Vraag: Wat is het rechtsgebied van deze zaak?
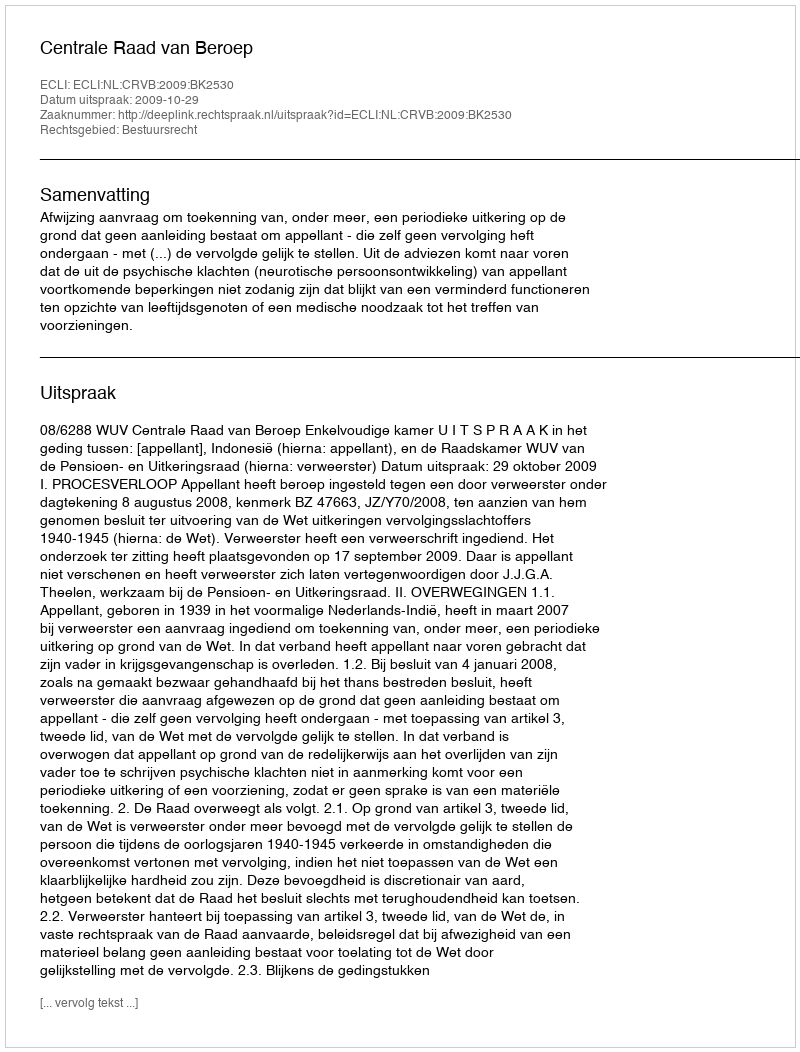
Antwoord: Bestuursrecht